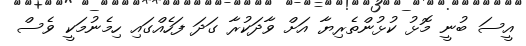
އީސަ ބުނީ މޮޅު ކުޅުންތެރިޔާ އަށް ވާދަކުރާ ގަދަ ފަހެއްގައި ހިމެނުމަކީ ވެސް